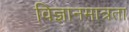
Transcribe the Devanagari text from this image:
विज्ञानमात्रता